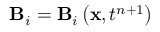
\mathbf { B } _ { i } = \mathbf { B } _ { i } \left( \mathbf { x } , t ^ { n + 1 } \right)